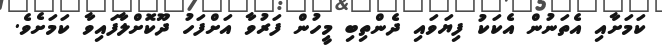
ކަމަށާއި އެތަނުން އެކަކު ފިޔަވައި ދެންތިބި މީހުން ފަރުވާ އަށްފަހު ދޫކޮށްލާފައިވާ ކަމަށެވެ.